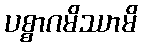
ပစ္စာဂမိဿာမိ